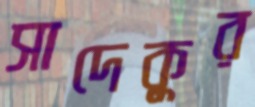
সাদেকুর